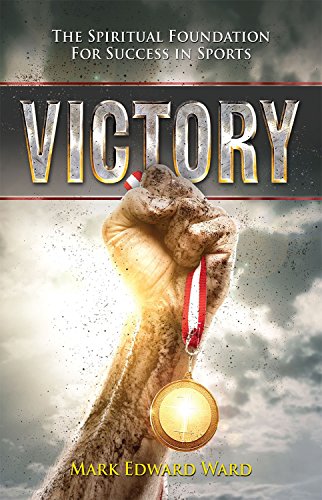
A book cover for Victory: The Spiritual Foundation For Success In Sports; Mark Edward Ward; Sports & Outdoors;